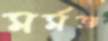
মর্মজ্ঞ